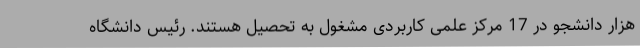
هزار دانشجو در 17 مرکز علمی کاربردی مشغول به تحصیل هستند. رئیس دانشگاه